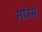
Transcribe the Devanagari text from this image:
सोउर्स